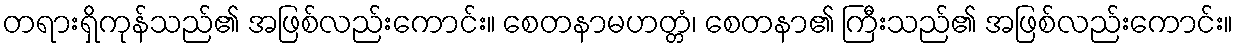
တရားရှိကုန်သည်၏ အဖြစ်လည်းကောင်း။ စေတနာမဟတ္တံ၊ စေတနာ၏ ကြီးသည်၏ အဖြစ်လည်းကောင်း။